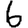
Digit: 6